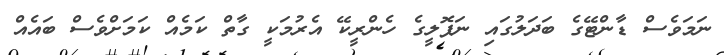
ނަމަވެސް ޑާންޓޭގެ ބަދަލުގައި ނަޕޮލީގެ ހެންރީކޭ އެރުމަކީ ގާތް ކަމެއް ކަމަށްވެސް ބައެއް